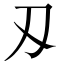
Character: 刄